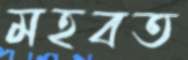
মহবত